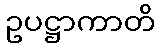
ဥပဋ္ဌာကာတိ